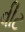
વીટ